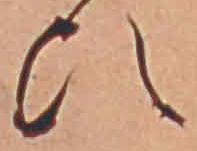
ひ